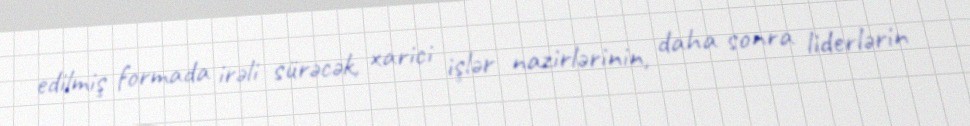
edilmiş formada irəli sürəcək, xarici işlər nazirlərinin, daha sonra liderlərin